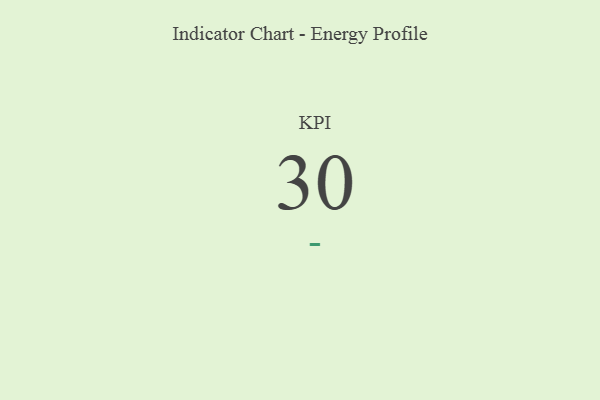
{"axis": {"x": "KPI", "y": "Value"}, "legend": [""], "data": [{"x": "KPI", "y": 30, "type": ""}]}